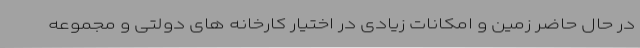
در حال حاضر زمین و امکانات زیادی در اختیار کارخانه های دولتی و مجموعه